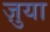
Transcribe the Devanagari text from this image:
ज़ुया